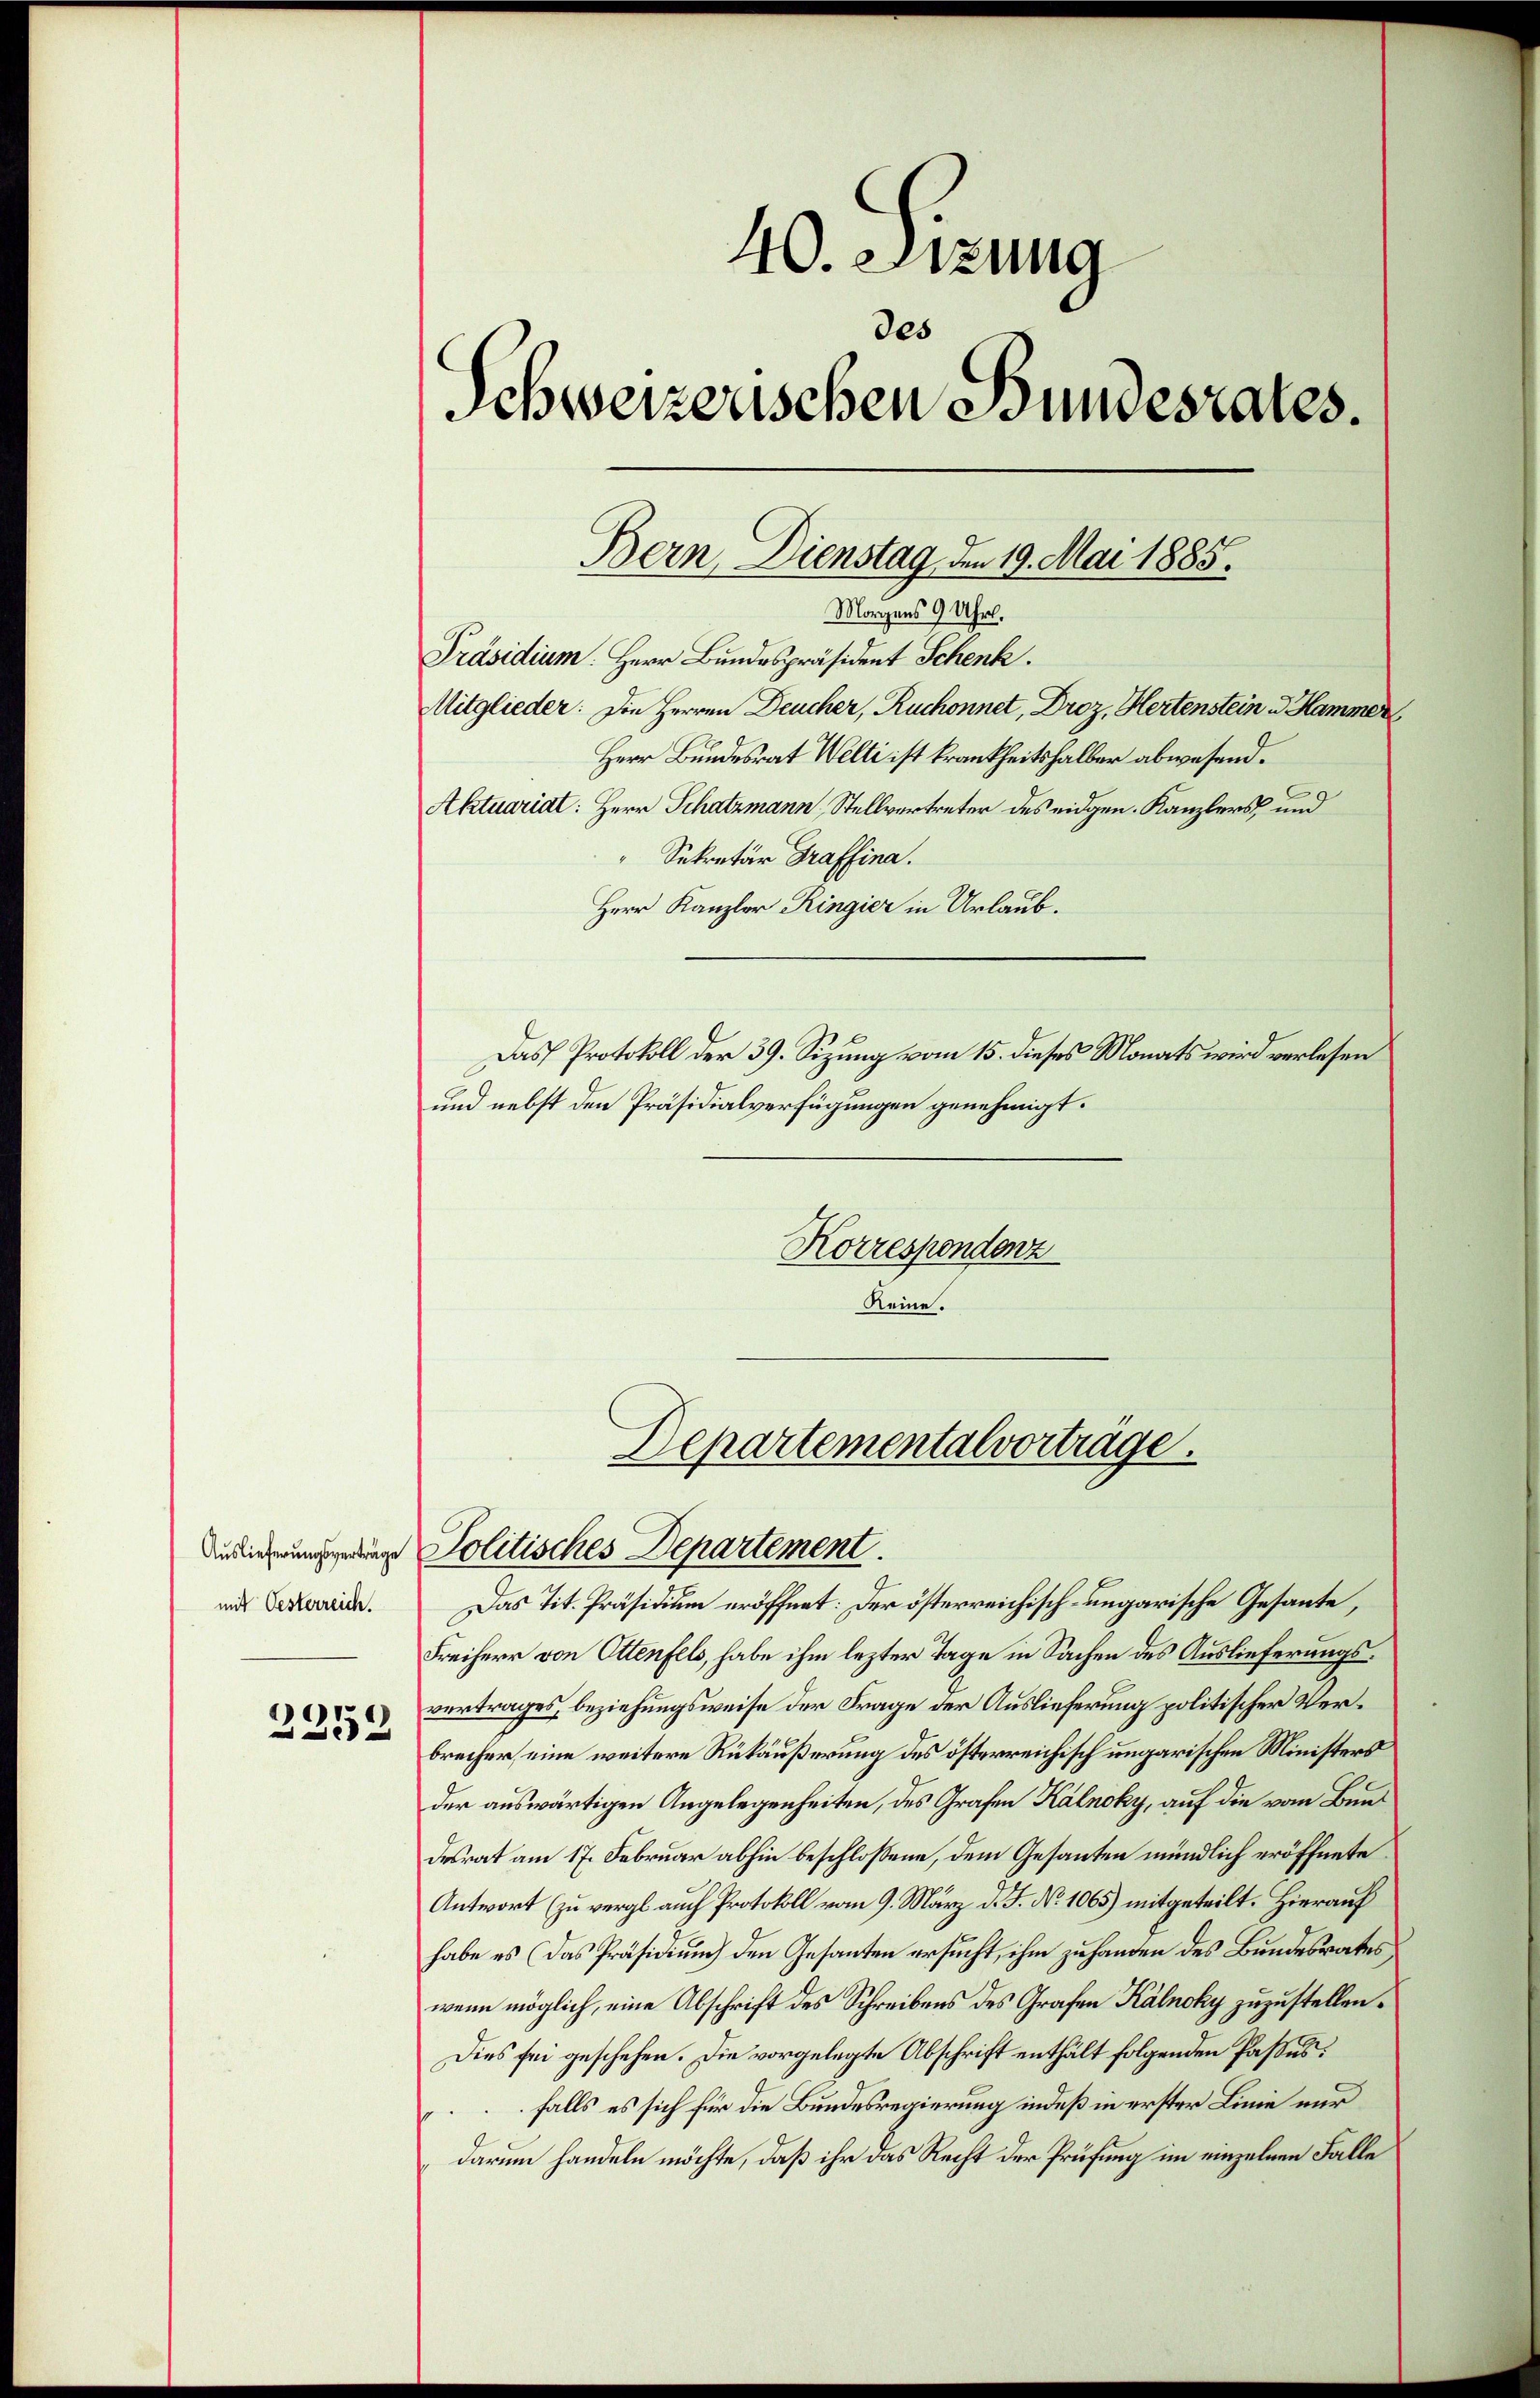
Auslieferungsverträge
mit Oesterreich.
1

x

40. Sitzung
des
Schweizenschen Bundesrates.
Aktuariat: Herr Schatzmann, Stellvertreter des eidgen. Kanzlers und
" Sekretär Graffina.
Herr Kanzler Ringier in Urlaub.
Das Protokoll der 39. Sizung vom 15. dieses Monats wird verlesen
und nebst den Präsidialverfügungen genehmigt.
Korrespondenz
Reine.

Bern, Dienstag, den 19. Mai 1885.
Morgens 9 Uhr.

Präsidium. Herr Bundespräsident Schenk.
Mitglieder: Die Herren Deucher, Ruchonnet, Droz, Hertenstein u. Hammer
Herr Bundesrat Welti ist krankheitshalber abwesend.

Departementalvortrage.
Politisches Departement.

Das Tit. Präsidium eröffnet: Der österreichisch-ungarische Gesante,
Freiherr von Ottenfels, habe ihm lezter Tage in Sachen des Auslieferungsvertrages beziehungsweise der Frage der Auslieferung politischer Verbrecher eine weitere Rükäußerung des österreichisch ungarischen Ministers
der auswärtigen Angelegenheiten, des Grafen Kalnoky, auf die vom Bundesrat am 17. Februar abhin beschlossene, dem Gesanten mündlich eröffnete
Antwort (zu vergl. auch Protokoll vom 9. März d. J. No 1065) mitgeteilt. Hierauf
habe es (das Präsidium den Gesanten ersucht, ihm zuhanden des Bundesrates
wenn möglich, eine Abschrift des Schreibens des Grafen Kalnoky zuzustellen.
Dies sei geschehen. Die vorgelegte Abschrift enthält folgenden Passes.
falls es sich für die Bundesregierung indeß in erster Linie nur
darum handeln möchte, daß ihr das Recht der Prüfung im einzelnen Falle